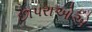
છાપરાઓએ